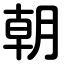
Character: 朝